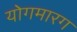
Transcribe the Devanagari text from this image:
योगमारग